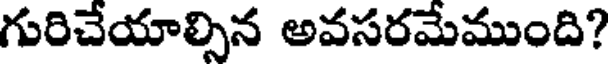
గురిచేయాల్సిన అవసరమేముంది?